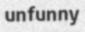
unfunny